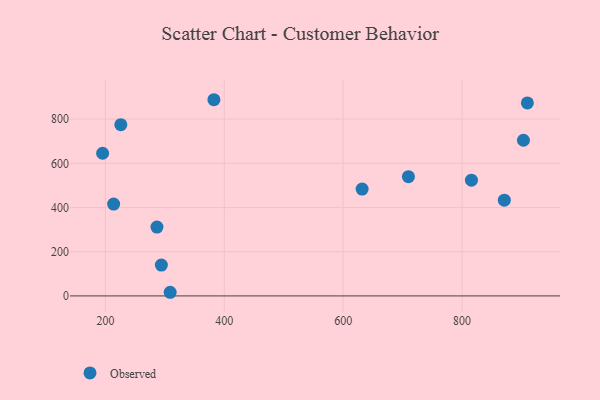
{"axis": {"x": "Speed", "y": "Fuel Efficiency"}, "legend": ["Observed"], "data": [{"x": "631.8", "y": 483.5, "type": "Observed"}, {"x": "709.7", "y": 539.6, "type": "Observed"}, {"x": "225.9", "y": 774.9, "type": "Observed"}, {"x": "382.5", "y": 888.0, "type": "Observed"}, {"x": "213.8", "y": 415.6, "type": "Observed"}, {"x": "815.7", "y": 524.0, "type": "Observed"}, {"x": "294.1", "y": 139.4, "type": "Observed"}, {"x": "903.2", "y": 704.5, "type": "Observed"}, {"x": "308.9", "y": 16.5, "type": "Observed"}, {"x": "195.3", "y": 645.7, "type": "Observed"}, {"x": "871.0", "y": 433.3, "type": "Observed"}, {"x": "286.7", "y": 311.6, "type": "Observed"}, {"x": "909.8", "y": 873.3, "type": "Observed"}]}